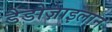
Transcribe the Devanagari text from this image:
डैडोज़ाइलान